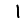
Digit: 1